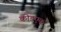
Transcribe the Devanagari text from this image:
कोडएक